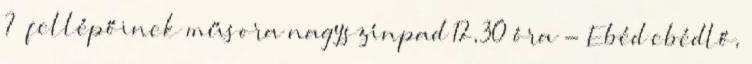
?” fellépőinek műsora nagyszínpad 12,30 óra - Ebéd ebédlő,